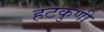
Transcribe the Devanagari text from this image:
हटकुणी